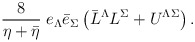
\begin{align*}\frac{8}{\eta + \bar \eta} \; e_{\Lambda} \bar{e}_{\Sigma}\left(\bar L^\Lambda L^\Sigma + U^{\Lambda \Sigma}\right). \end{align*}